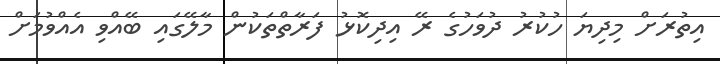
އިތުރަށް މިދިޔަ ހުކުރު ދުވަހުގެ ރޭ އިދިކޮޅު ފަރާތްތަކުން މާލޭގައި ބޭއްވި އެއްވުމަށް